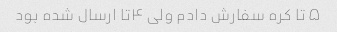
۵ تا کره سفارش دادم ولی ۴تا ارسال شده بود